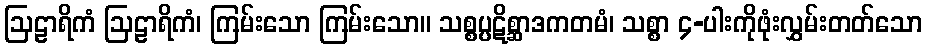
ဩဠာရိကံ ဩဠာရိကံ၊ ကြမ်းသော ကြမ်းသော။ သစ္စပ္ပဋိစ္ဆာဒကတမံ၊ သစ္စာ ၄-ပါးကိုဖုံးလွှမ်းတတ်သော